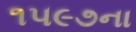
૧૫૯૭ના